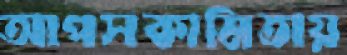
আপসকামিতায়